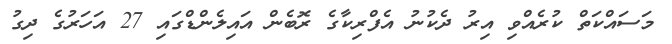
މަސައްކަތް ކުރެއްވި އިރު ދެކުނު އެފްރިކާގެ ރޮބެން އައިލެންޑްގައި 27 އަހަރުގެ ދިގު